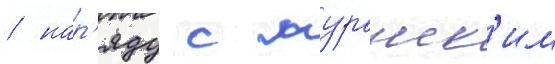
/ нар'яду с муранск'им